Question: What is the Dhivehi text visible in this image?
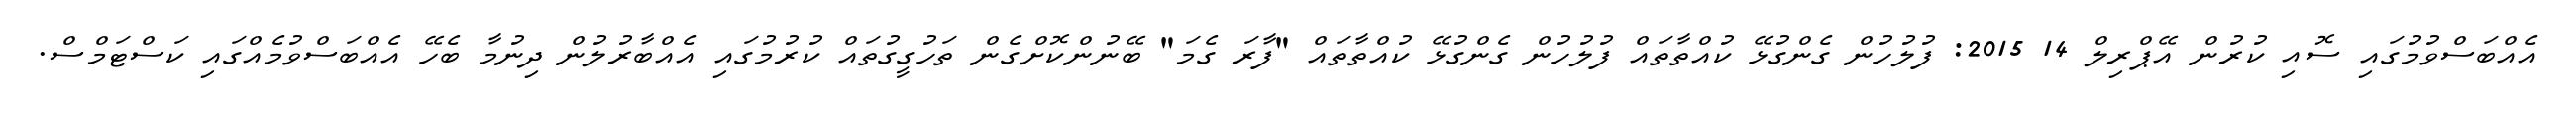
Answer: އެއްބަސްވުމުގައި ސޮއި ކުރުން އޭޕްރިލް 14 2015: ފުލުހުން ގެންގުޅޭ ކުއްތާތައް ފުލުހުން ގެންގުޅޭ ކުއްތާތައް "ފާރަ ގެމަ" ބޭނުންކޮށްގެން ތަހުގީގުތައް ކުރުމުގައި އެއްބާރުލުން ދިނުމާ ބެހޭ އެއްބަސްވުމެއްގައި ކަސްޓަމްސް.